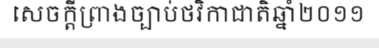
សេចក្តីព្រាងច្បាប់ថវិកាជាតិឆ្នាំ២០១១